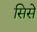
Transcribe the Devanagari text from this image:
सिसे